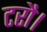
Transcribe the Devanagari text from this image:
टरौ।